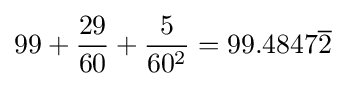
99+{\frac {29}{60}}+{\frac {5}{60^{2}}}=99.4847{\overline {2}}